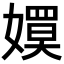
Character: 𡢊